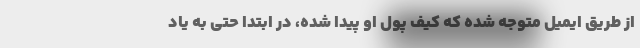
از طریق ایمیل متوجه شده که کیف پول او پیدا شده، در ابتدا حتی به یاد